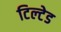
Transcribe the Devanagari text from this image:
टिल्‍टेड